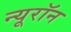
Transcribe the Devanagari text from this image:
न्‍यूरॉन